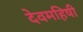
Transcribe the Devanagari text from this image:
देवमहिषी